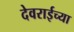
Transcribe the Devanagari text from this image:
देवराईच्या